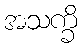
အသက္ခိ